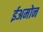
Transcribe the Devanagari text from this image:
ईअमोन